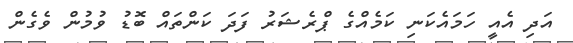
އަދި އެއީ ހަމައެކަނި ކަމެއްގެ ޕްރެޝަރު ފަދަ ކަންތައް ބޮޑު ވުމުން ވެގެން